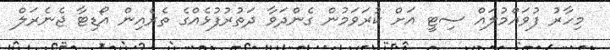
މިހާރު ފުވައްމުލައް ސިޓީ އަށް ކުރަވަމުން ގެންދަވާ ދަތުރުފުޅެއްގެ ތެރެއިން އޯޑިޓާ ޖެނެރަލް